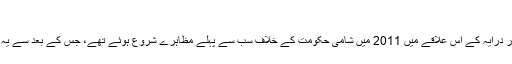
"
شام کے دارلحکومت دمشق سے آٹھ کلو میٹر دور درایہ کے اس علاقے میں 2011 میں شامی حکومت کے خلاف سب سے پہلے مظاہرے شروع ہوئے تھے، جس کے بعد سے یہ علاقہ باغیوں کا مضبوط گڑھ سمجھا جانے لگا۔